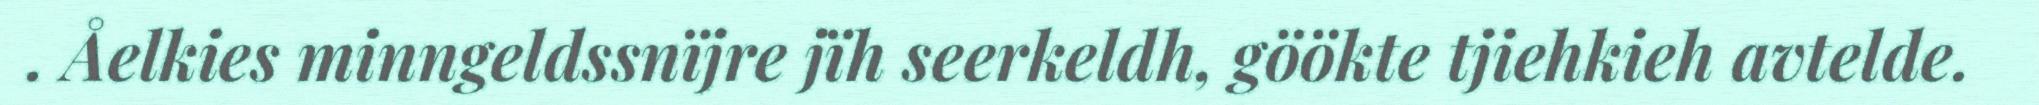
. Åelkies minngeldssnïjre jïh seerkeldh, göökte tjiehkieh avtelde.